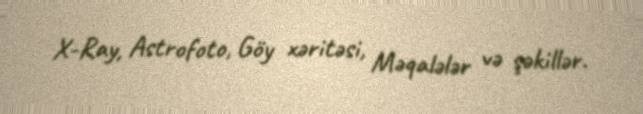
X-Ray, Astrofoto, Göy xəritəsi, Məqalələr və şəkillər.